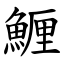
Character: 䱳